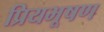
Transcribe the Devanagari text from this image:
प्रियभूषण